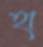
হা